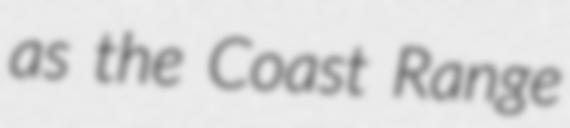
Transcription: as the Coast Range